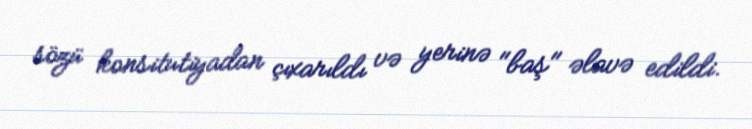
sözü konsitutiyadan çıxarıldı və yerinə "baş" əlavə edildi.